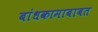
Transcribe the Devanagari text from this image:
बांधकामाबाबत